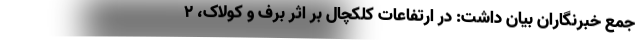
جمع خبرنگاران بیان داشت: در ارتفاعات کلکچال بر اثر برف و کولاک، ۲